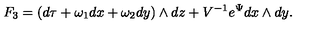
F _ { 3 } = ( d \tau + { \omega } _ { 1 } d x + { \omega } _ { 2 } d y ) \wedge d z + V ^ { - 1 } e ^ { \Psi } d x \wedge d y .